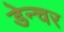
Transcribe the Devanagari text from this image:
डेन्चर